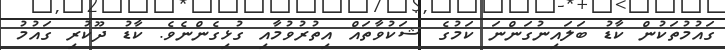
ގައުމުތަކުން ކާޑު ބަލައިނުގަންނަ ކަމުގެ ޝަކުވާތައް އިތުރުވުމާއި ގުޅިގެންނެވެ. ކާޑު ދޫކުރި ގައުމު